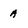
Character: A